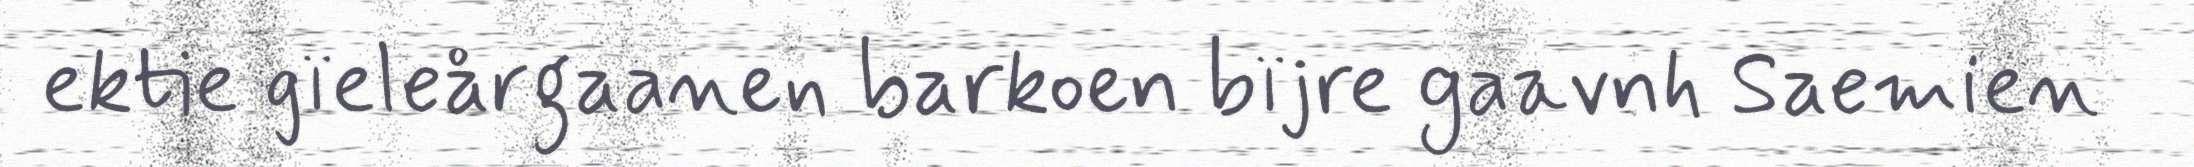
ektie gïeleårgaanen barkoen bïjre gaavnh Saemien